Lunatic asylums Central Provinces reports 1886-1894 - 1886-1894
Year: 1886
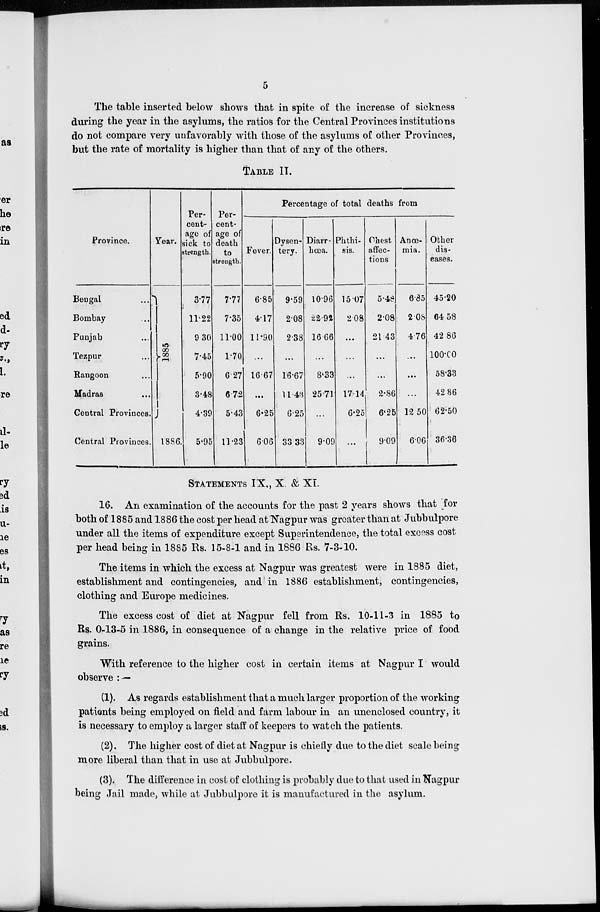
5
The table inserted below shows that in spite of the increase of sickness
during the year in the asylums, the ratios for the Central Provinces institutions
do not compare very unfavorably with those of the asylums of other Provinces,
but the rate of mortality is higher than that of any of the others.
TABLE II.
Province.
Bengal ...
Bombay ...
Punjab ...
Tezpur ...
Rangoon ...
Madras ...
Central Provinces.
Central Provinces.
Year.
1885
1886.
Per-
cent-
age of
sick to
strength.
3.77
11.22
9.30
7.45
5.90
3.48
4.39
5.95
Per-
cent-
age of
death
to
strength.
7.77
7.35
11.00
1.70
6.27
6.72
5.43
11.23
Percentage of total deaths from
Fever.
6.85
4.17
11.90
...
16.67
...
6.25
6.06
Dysen-
tery.
9.59
2.08
2.38
...
16.67
11.43
6.25
33.33
Diarr-
hœa.
10.96
22.92
16.66
...
8.33
25.71
...
9.09
Phthi-
sis.
15.07
2.08
...
...
...
17.14
6.25
...
Chest
affec-
tions
5.48
2.08
21.43
...
...
2.86
6.25
9.09
Anœ-
mia.
6.85
2.08
4.76
...
...
...
12.50
6.06
Other
dis-
eases.
45.20
64.58
42.86
100.00
58.33
42.86
62.50
36.36
STATEMENT IX., X. & XI.
16. An examination of the accounts for the past 2 years shows that for
both of 1885 and 1886 the cost per head at Nagpur was greater than at Jubbulpore
under all the items of expenditure except Superintendence, the total excess cost
per head being in 1885 Rs. 15.8-1 and in 1886 Rs. 7-3-10.
The items in which the excess at Nagpur was greatest were in 1885 diet,
establishment and contingencies, and in 1886 establishment, contingencies,
clothing and Europe medicines.
The excess cost of diet at Nagpur fell from Rs. 10-11-3 in 1885 to
Rs. 0-13-5 in 1886, in consequence of a change in the relative price of food
grains.
With reference to the higher cost in certain items at Nagpur I would
observe : —
(1). As regards establishment that a much larger proportion of the working
patients being employed on field and farm labour in an unenclosed country, it
is necessary to employ a larger staff of keepers to watch the patients.
(2). The higher cost of diet at Nagpur is chiefly due to the diet scale being
more liberal than that in use at Jubbulpore.
(3). The difference in cost of clothing is probably due to that used in Nagpur
being Jail made, while at Jubbulpore it is manufactured in the asylum.